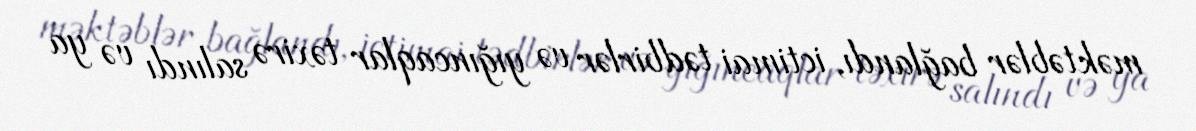
məktəblər bağlandı, ictimai tədbirlər və yığıncaqlar təxirə salındı və ya